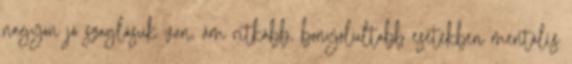
nagyon jó szaglásuk van, ám ritkább, bonyolultabb esetekben mentális